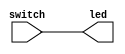
`timescale 1ns / 1ps
//////////////////////////////////////////////////////////////////////////////////
// Company: 
// Engineer: 
// 
// Design Name: 
// Module Name:    led 
// Project Name: 
// Target Devices: 
// Tool versions: 
// Description: 
//
// Dependencies: 
//
// Revision: 
// Revision 0.01 - File Created
// Additional Comments: 
//
//////////////////////////////////////////////////////////////////////////////////
module led(
    input [3:0] switch,
    output [3:0] led
    );

    assign led[3:0] = switch[3:0];
	 
endmodule